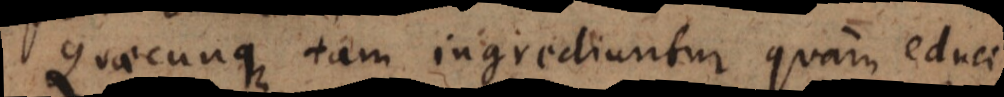
Quaecunque tam ingrediuntur quam educi